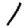
Digit: 1